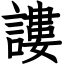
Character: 謱